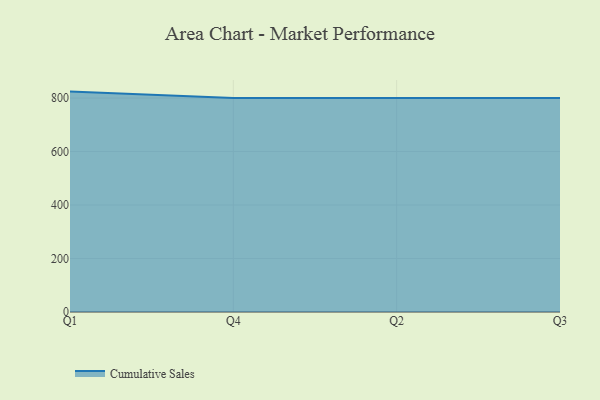
{"axis": {"x": "Quarter", "y": "Temperature (°C)"}, "legend": ["Cumulative Sales"], "data": [{"x": "Q1", "y": 824.1, "type": "Cumulative Sales"}, {"x": "Q4", "y": 800, "type": "Cumulative Sales"}, {"x": "Q2", "y": 800, "type": "Cumulative Sales"}, {"x": "Q3", "y": 800, "type": "Cumulative Sales"}]}